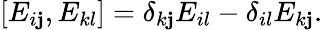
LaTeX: \left[E_{i\mathbf{j}},E_{kl}\right]=\delta_{k\mathbf{j}}E_{il}-\delta_{il}E_{k\mathbf{j}}.